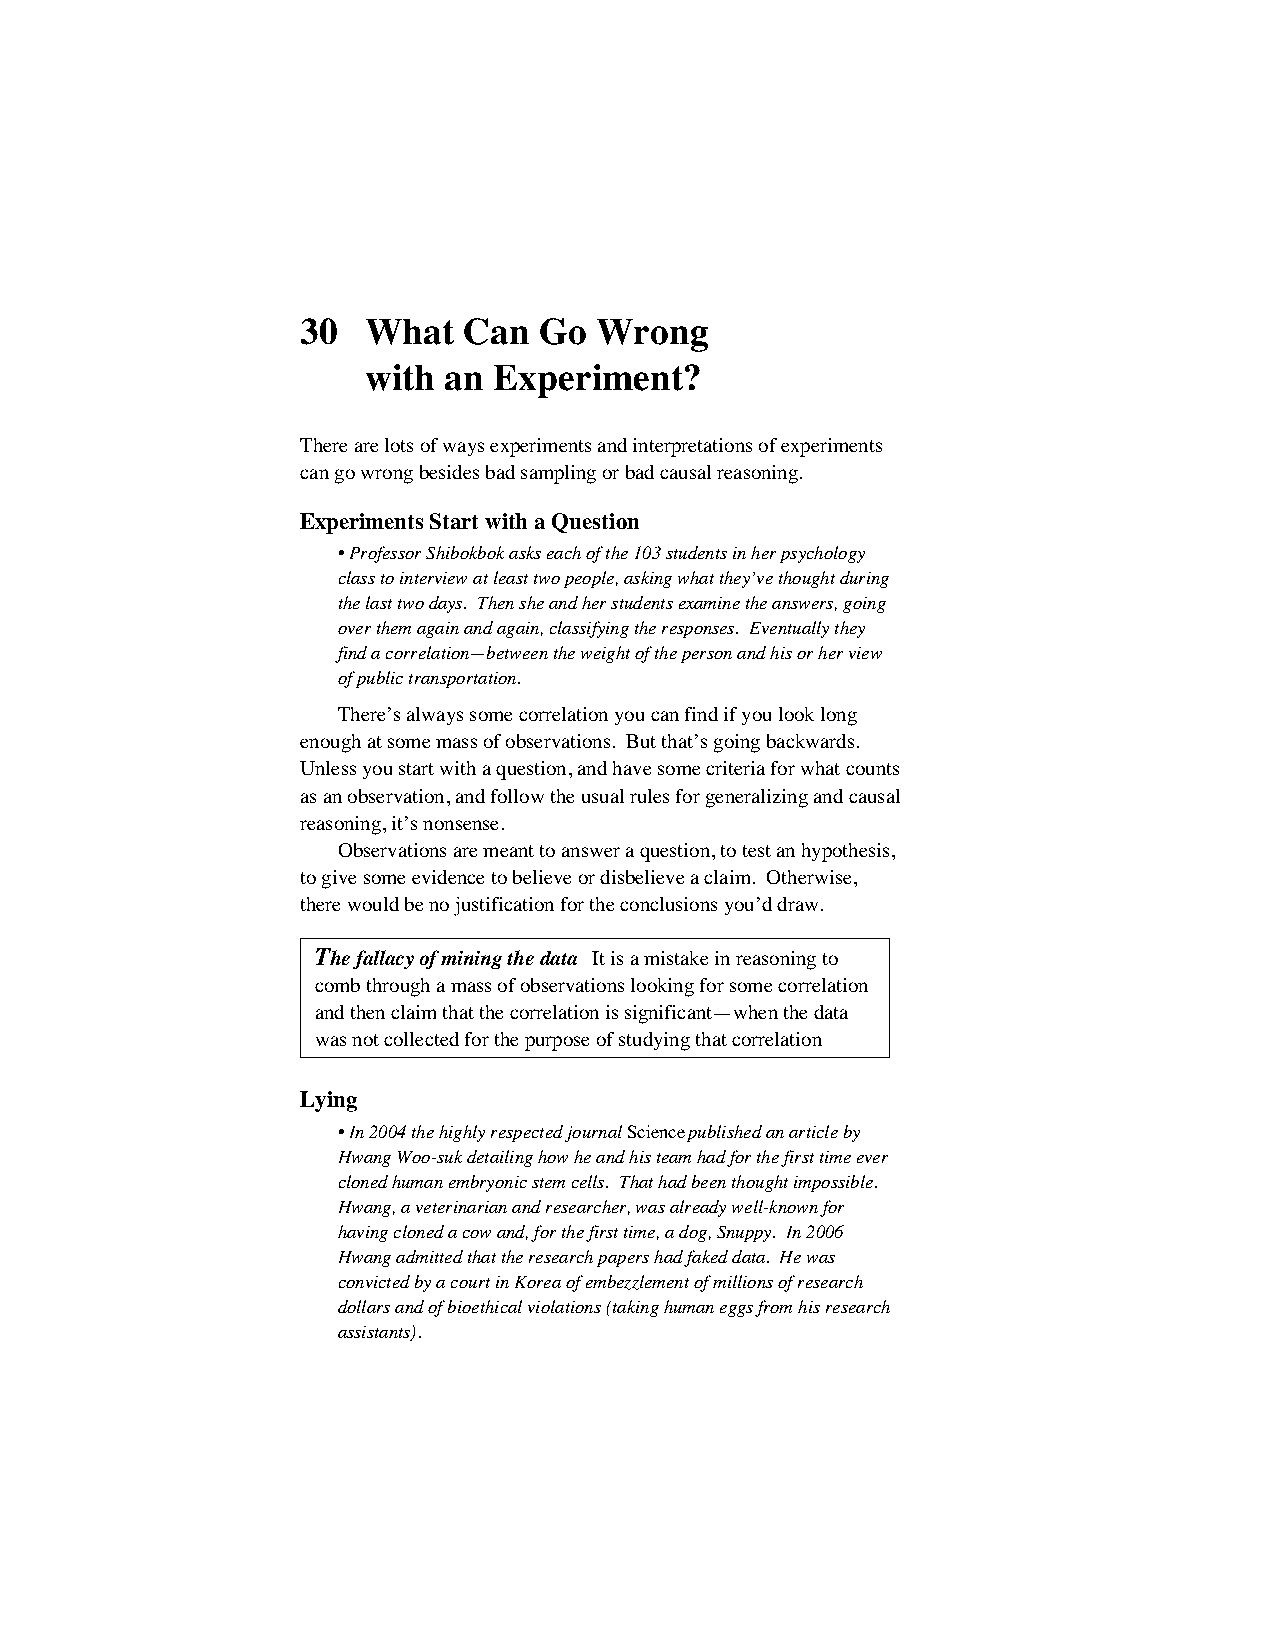
30  What   Can  Go  Wrong
 with an  Experiment?
 There are lots of ways experiments and interpretations of experiments
 can go wrong besides bad sampling or bad causal reasoning.
 Experiments Start with a Question
 • Professor Shibokbok asks each of the 103 students in her psychology
 class to interview at least two people, asking what they’ve thought during
 the last two days. Then she and her students examine the answers, going
 over them again and again, classifying the responses. Eventually they
 find a correlation—between the weight of the person and his or her view
 of public transportation.
 There’s always some correlation you can find if you look long
 enough at some mass of observations. But that’s going backwards.
 Unless you start with a question, and have some criteria for what counts
 as an observation, and follow the usual rules for generalizing and causal
 reasoning, it’s nonsense.
 Observations are meant to answer a question, to test an hypothesis,
 to give some evidence to believe or disbelieve a claim. Otherwise,
 there would be no justification for the conclusions you’d draw.
 The fallacy of mining the data It is a mistake in reasoning to
 comb through a mass of observations looking for some correlation
 and then claim that the correlation is significant—when the data
 was not collected for the purpose of studying that correlation
 Lying
 • In 2004 the highly respected journal Science published an article by
 Hwang Woo-suk detailing how he and his team had for the first time ever
 cloned human embryonic stem cells. That had been thought impossible.
 Hwang, a veterinarian and researcher, was already well-known for
 having cloned a cow and, for the first time, a dog, Snuppy. In 2006
 Hwang admitted that the research papers had faked data. He was
 convicted by a court in Korea of embezzlement of millions of research
 dollars and of bioethical violations (taking human eggs from his research
 assistants).